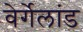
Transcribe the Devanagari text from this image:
वेर्गेलांड